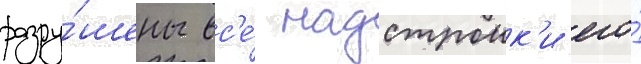
разру́шены вс'е́ надстроик'и его́